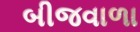
બીજવાળા